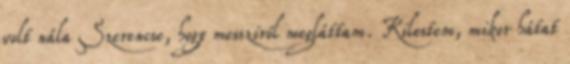
volt nála Szerencse, hogy messziről megláttam. Kilestem, mikor hátat